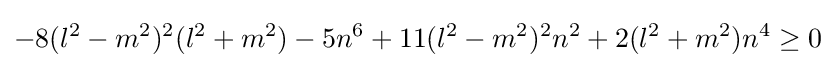
-8(l^{2}-m^{2})^{2}(l^{2}+m^{2})-5n^{6}+11(l^{2}-m^{2})^{2}n^{2}+2(l^{2}+m^{2})n^{4}\geq 0